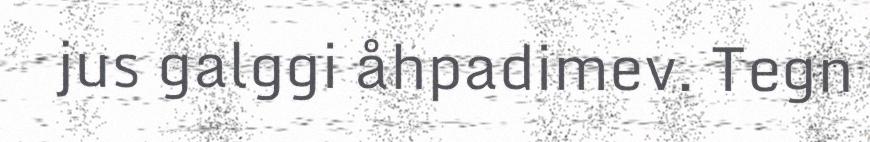
jus galggi åhpadimev. Tegn